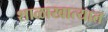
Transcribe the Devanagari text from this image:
शाळाखात्यात